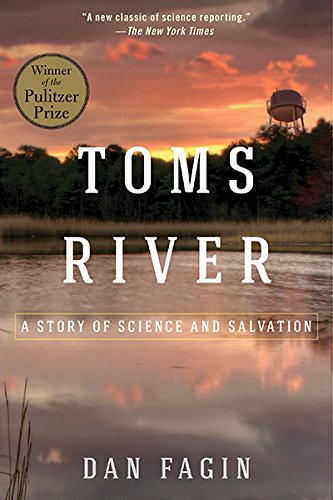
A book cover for Toms River: A Story of Science and Salvation; Dan Fagin; Science & Math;